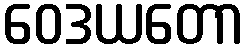
ဝေဒယတော